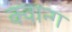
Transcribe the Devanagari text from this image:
क्वान्ग